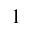
_ 1